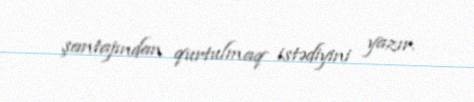
şantajından qurtulmaq istədiyini yazır.